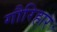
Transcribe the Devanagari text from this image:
गौरिहार